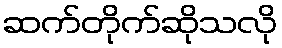
ဆက်တိုက်ဆိုသလို